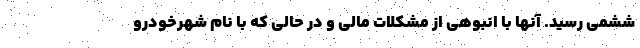
ششمی رسید. آنها با انبوهی از مشکلات مالی و در حالی که با نام شهرخودرو